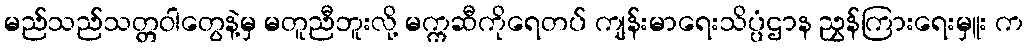
မည်သည်သတ္တဝါတွေနဲ့မှ မတူညီဘူးလို့ မက္ကဆီကိုရေတပ် ကျန်းမာရေးသိပ္ပံဌာန ညွှန်ကြားရေးမှူး က